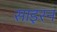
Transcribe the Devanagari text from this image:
साइरन